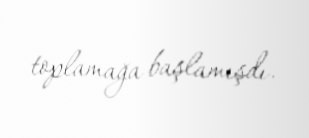
toplamağa başlamışdı.